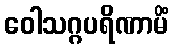
ဝေါသဂ္ဂပရိဏာမိံ